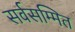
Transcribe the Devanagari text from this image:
सर्वसम्मित